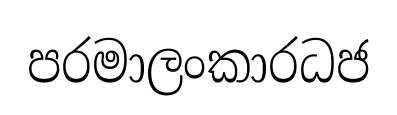
පරමාලංකාරධජ